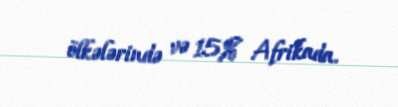
ölkələrində və 15% Afrikada.